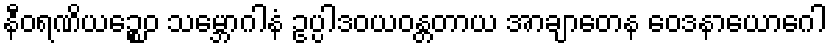
နီဝရဏိယဉ္စေဝ သမ္ဘောဂါနံ ဥပ္ပါဒဝယဝန္တတာယ အာချာတေန ဝေဒနာယောဂေါ